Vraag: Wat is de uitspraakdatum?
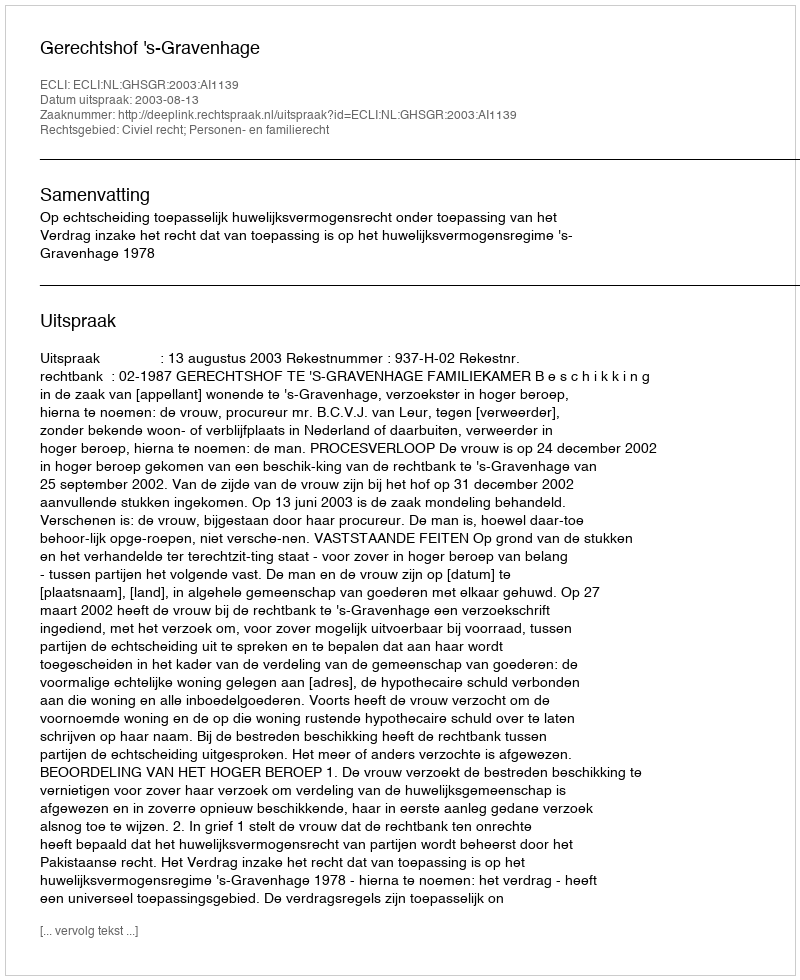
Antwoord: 2003-08-13